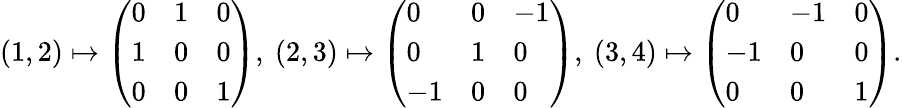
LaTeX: (1,2)\mapsto\left(\begin{array}{lll}{0}&{1}&{0}\\ {1}&{0}&{0}\\ {0}&{0}&{1}\end{array}\right),\ (2,3)\mapsto\left(\begin{array}{lll}{0}&{0}&{-1}\\ {0}&{1}&{0}\\ {-1}&{0}&{0}\end{array}\right),\ (3,4)\mapsto\left(\begin{array}{lll}{0}&{-1}&{0}\\ {-1}&{0}&{0}\\ {0}&{0}&{1}\end{array}\right).